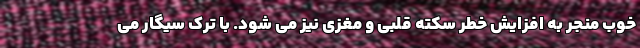
خوب منجر به افزایش خطر سکته قلبی و مغزی نیز می شود. با ترک سیگار می